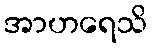
အာဟရေသိ